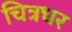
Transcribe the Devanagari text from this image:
चित्रधर